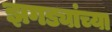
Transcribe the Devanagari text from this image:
झगड्यांच्या